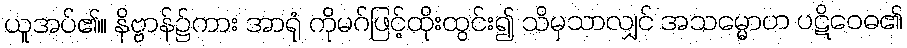
ယူအပ်၏။ နိဗ္ဗာန်၌ကား အာရုံ ကိုမဂ်ဖြင့်ထိုးထွင်း၍ သိမှသာလျှင် အသမ္မောဟ ပဋိဝေဓ၏